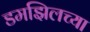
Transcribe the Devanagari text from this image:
डमझिलच्या